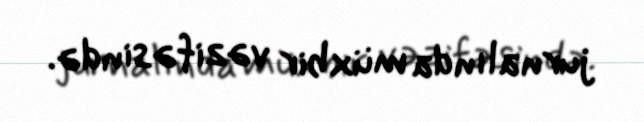
jurnalında müxbir vəzifəsində.